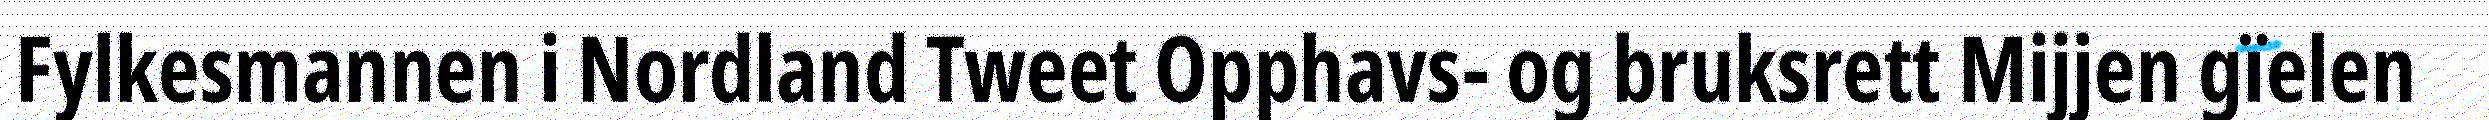
Fylkesmannen i Nordland Tweet Opphavs- og bruksrett Mijjen gïelen